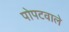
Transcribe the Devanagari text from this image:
पोपटवाले